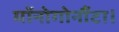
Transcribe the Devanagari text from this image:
मॉनोगोनौंटा।